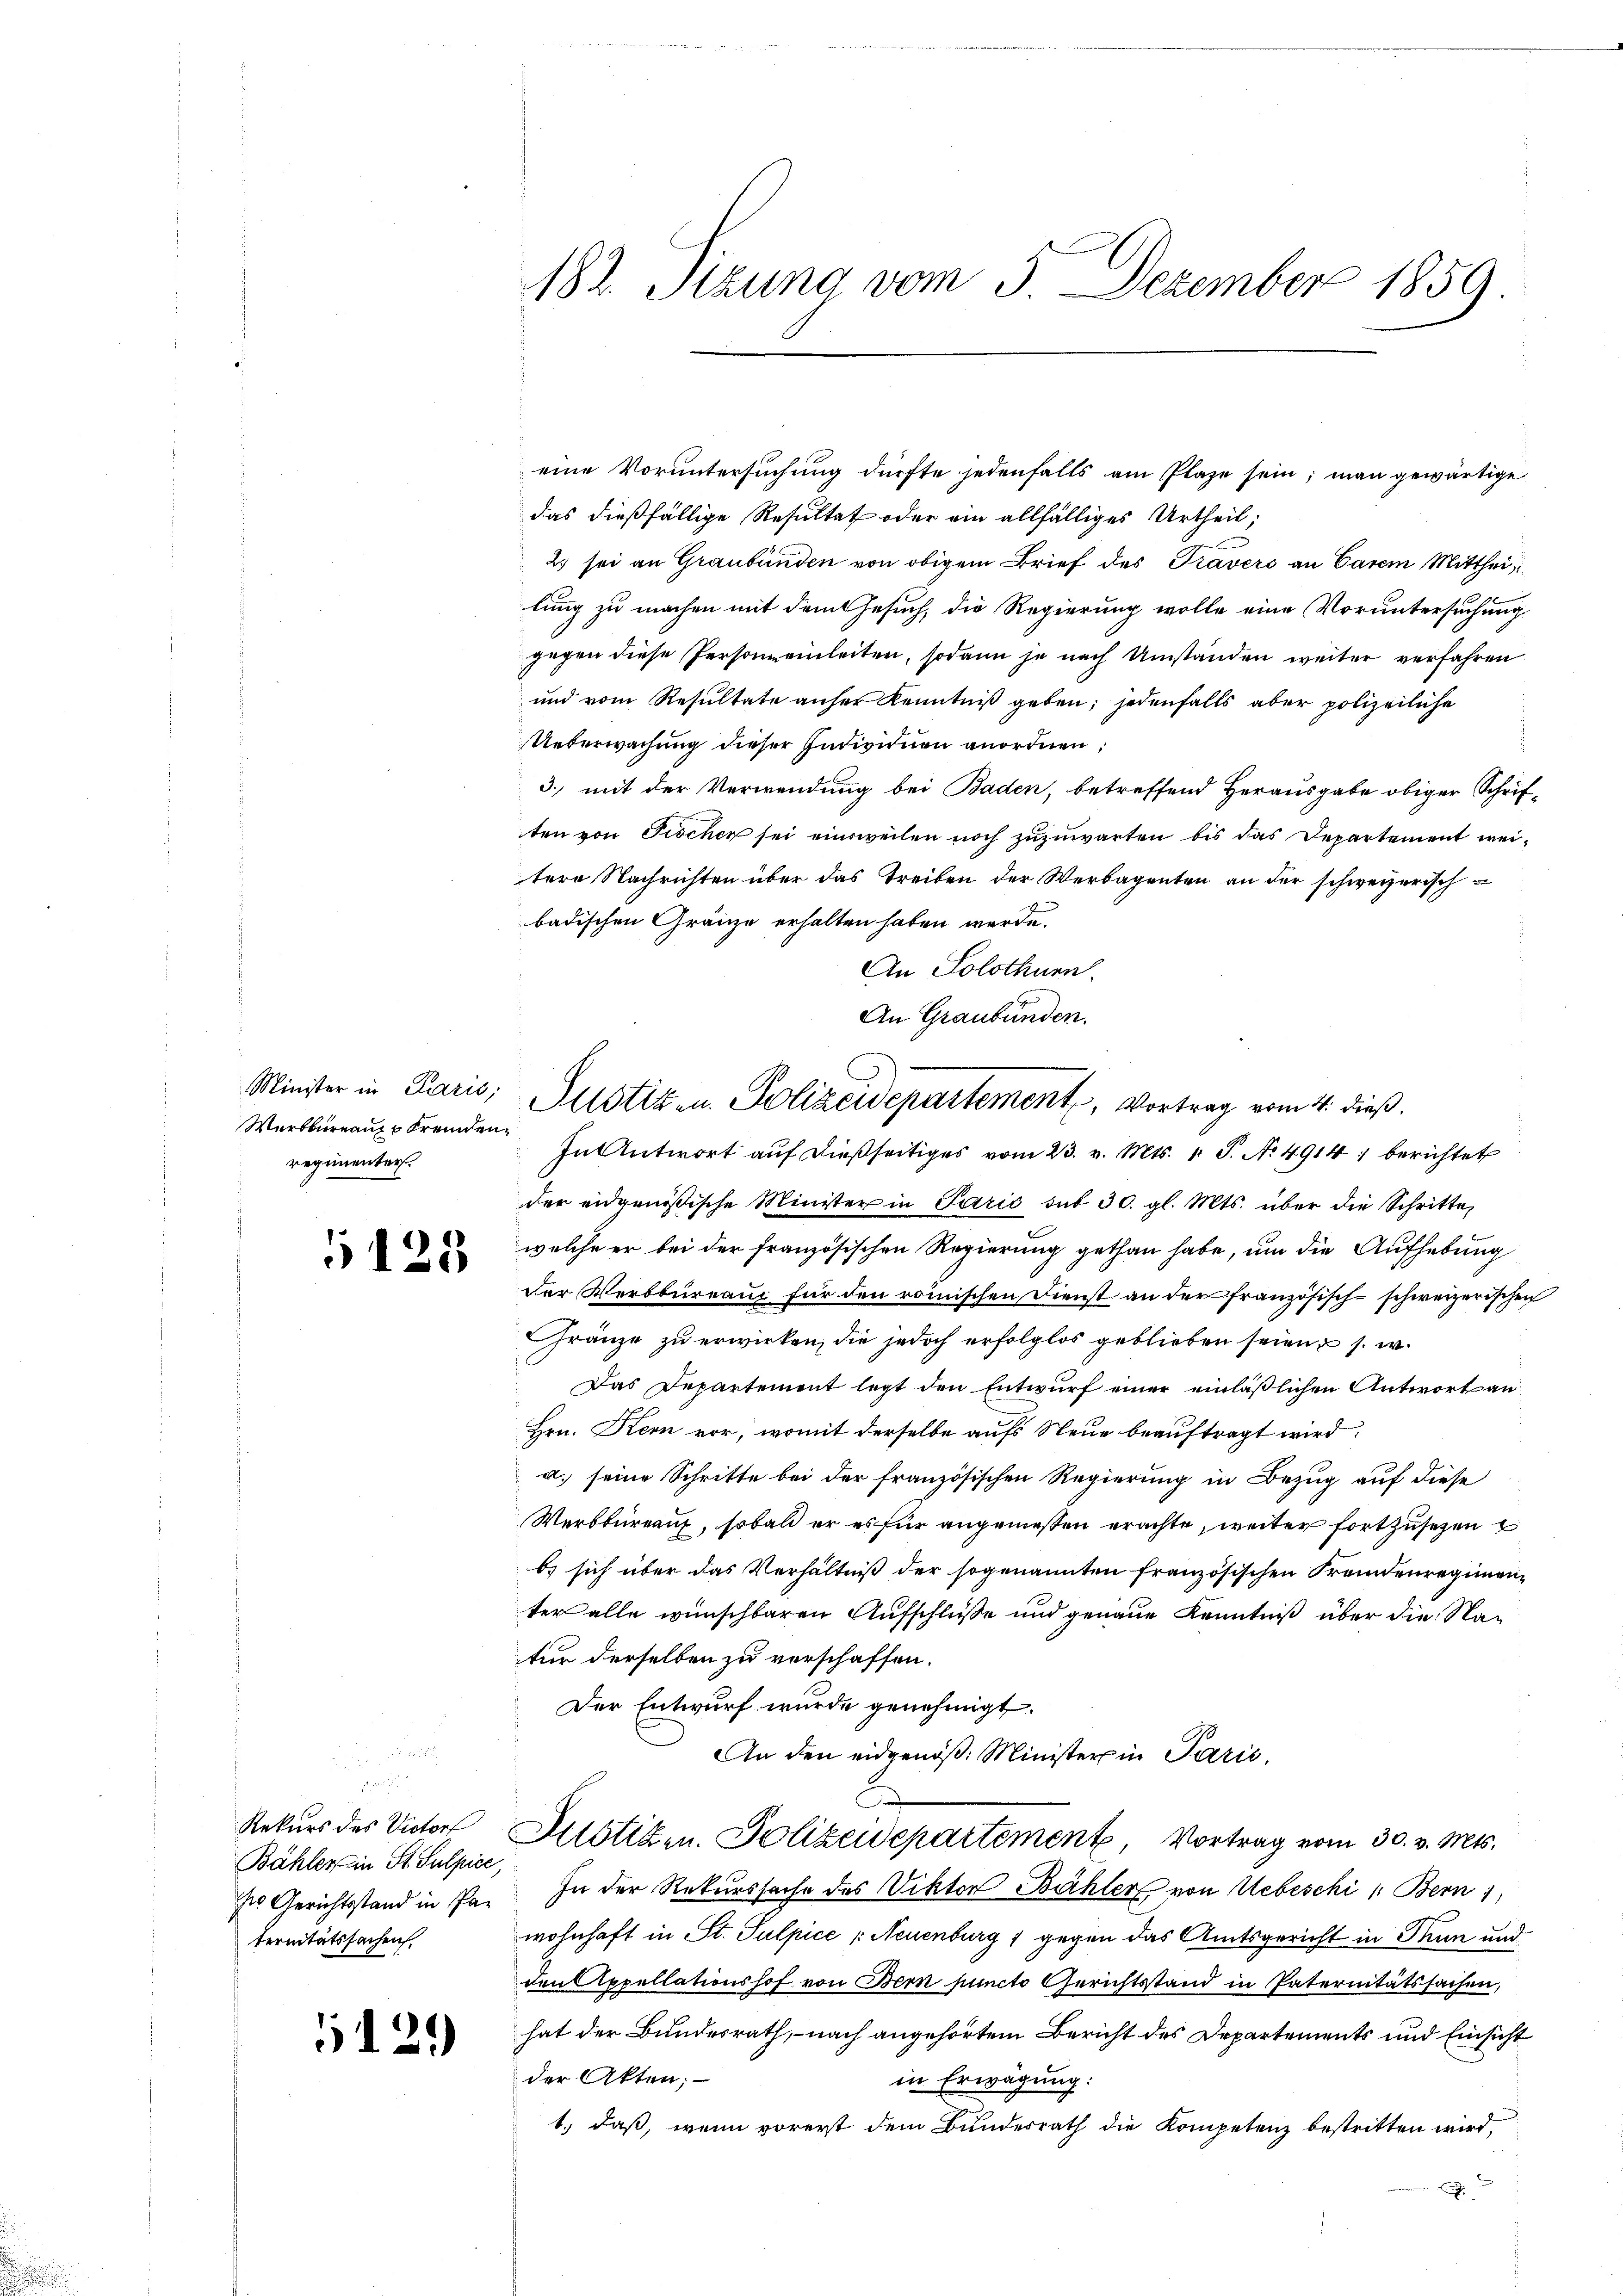
Minister in Paris;
Werkbureau fremdenregimenter.

5125

n
Rekurs des Victor
Bähler in St. Sulpice,
ses Gerichtsstand in Paternitätssachen

5129

eine Voruntersuchung dürfte jedenfalls am Plaze sein; man gewärtige
das dießfällige Resultat oder ein allfälliges Urtheil,
2.) sei an Graubünden von obigem Brief des Gravers an Carem Mittheilung zu machen mit dem Gesuch, die Regierung wolle eine Voruntersuchung
gegen diese Personeinleiten, sodann je nach Umständen weiter verfahren
und vom Resultate anher Kenntniß geben; jedenfalls aber polizeiliche
Ueberwachung dieser Individuen anordnen,
3., mit der Verwendung bei Baden, betreffend Herausgabe obiger Schriften von Fischen sei einweilen noch zuzuwarten bis das Departement weitere Nachrichten über das Treiben der Verbagenten an der schweizerischbadischen Gränze erhalten haben werde.
An Solothurn.
An Graubünden.
In Antwort auf dießseitiges vom 23. v. Mts. 1 S. No. 4914: berichtet
der eidgenößische Minister in Paris mit 30. gl. Mts. über die Schritte,
welche er bei der französischen Regierung gethan habe, um die Aufhebung
der Verbbureau für den römischen Dienst an der französisch-schweizerischen
ränze zu erwirken, die jedoch erfolglos geblieben seien u s. w.
Das Departement legt den Entwurf einer einläßlichen Antwort an
Hrn. Kern vor, womit derselbe aufs Neue beauftragt wird:
d. seine Schritte bei der französischen Regierung in Bezug auf diese
Werbbüreauf, sobald er es für angemeßen erachte, weiter fortzusehen
bs sich über das Verhältniß der sogenannten französischen Fremdenregimenter alle wünschbaren Aufschlüße und genaue Kenntniß über die Nafür derselben zu verschaffen.
Der Entwurf wurde genehmigt.
An den eidgenöß: Minister in Pazić,
Justizen. Polizeidepartement, Vortrag vom 30. v. Mts.
In der Rekurssache des Viktor Bähler von Uebeschi 1: Bern 1
wohnhaft in St. Sulpice (Neuenburg 1 gegen das Amtsgericht in Thun und
den Appellationshof von Bern puncto Gerichtsstand in Paternitätssachen,
hat der Bundesrath, nach angehörtem Bericht des Departements und Einsicht
der Akten;
in Erwägung:
1., daß, wenn vorerst dem Bundesrath die Kompetenz bestritten wird,
.

182. Stzung vom 3. Dezember 1859

Justiz u. Polizeidepartement, Vortrag vom 4. dieß.